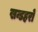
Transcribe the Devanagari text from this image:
खन्डहरों